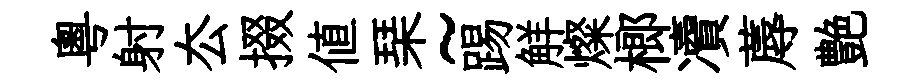
粵射厺掇値琹~踢觧燦榔凟蓐艶